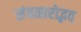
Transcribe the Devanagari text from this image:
संवत्सरोद्भव